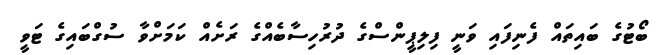
ބޯޓުގެ ބައިތައް ފެނިފައި ވަނީ ފިލިޕީންސްގެ ދުރުހިސާބެއްގެ ރަށެއް ކަމަށްވާ ސުގްބައިގެ ޓަވީ